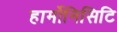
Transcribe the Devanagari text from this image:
हार्मोनिसिटि